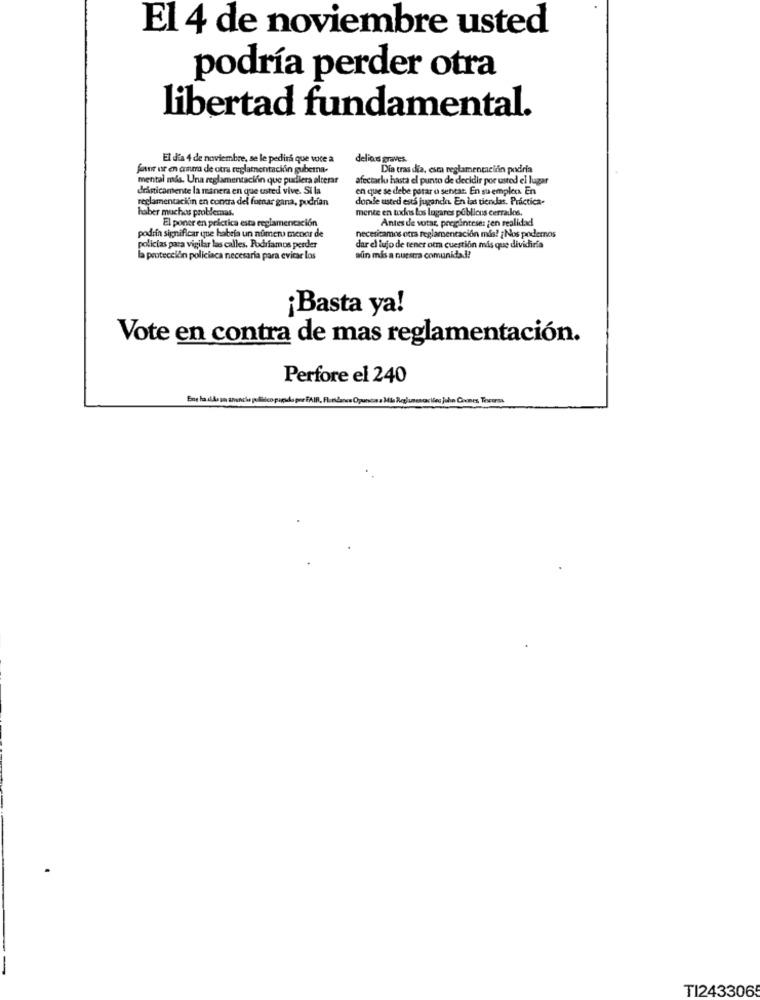
El 4 de noviembre usted
podría perder otra
libertad fundamental.
El d'a 4 de noviembre, se le pedirá que voce a
delions graves
fan or en arma de otra reglamentación guberna-
Dia tras dia, esta reglamentacinin podria
mental mis. Una reglamentación que pudiera alterar
afectarlu hasta el punto de decidir por usted el lugar
drasticamente la manera en que usted vive. Si la
en que se debe parar o sentar. En su emplea En
reglamentacilin en contra del fumar gana, podrían
donde usted ests jugando En las tiendas. Práctica-
haber muchas problemas.
mente en todos los lugares publicus cerrados.
El poner en pelctica esta reglamentación
Antes de votar, preguntese: jen realidad
podría significar que habría un numero mencur de
necesitamos otra reglamentación más? ¿ Nos podemos
policías para vigilar las calles. Podríamos perder
dar el lujo de tener oem cuestión más que dividiria
la protección policiaca necesaria para evitar los
aún más a nuestra comunidad!
¡Basta ya!
Vote en contra de mas reglamentación.
Perfore el 240
Ene la dlAs un sanches pulisco papado per FAIR, Flondance Opuntia a Mis Reglamencaciles John Coones. Tescorsa
TI2433065